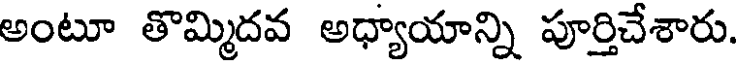
అంటూ తొమ్మిదవ అధ్యాయాన్ని పూర్తిచేశారు.